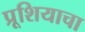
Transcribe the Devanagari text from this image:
प्रूशियाचा